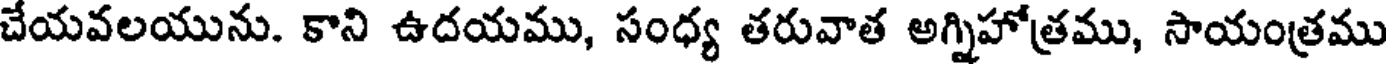
చేయవలయును. కాని ఉదయము, సంధ్య తరువాత అగ్నిహోత్రము, సాయంత్రము